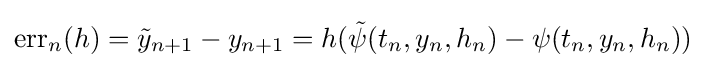
{\textrm {err}}_{n}(h)={\tilde {y}}_{n+1}-y_{n+1}=h({\tilde {\psi }}(t_{n},y_{n},h_{n})-\psi (t_{n},y_{n},h_{n}))